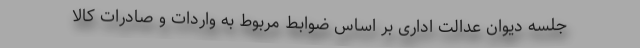
جلسه دیوان عدالت اداری بر اساس ضوابط مربوط به واردات و صادرات کالا